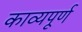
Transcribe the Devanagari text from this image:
काव्यपूर्ण